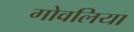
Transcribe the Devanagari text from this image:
गोवलिया